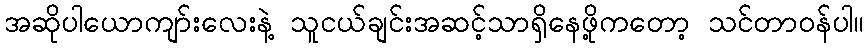
အဆိုပါယောကျာ်းလေးနဲ့ သူငယ်ချင်းအဆင့်သာရှိနေဖို့ကတော့ သင်တာဝန်ပါ။